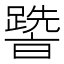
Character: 𨅩